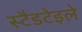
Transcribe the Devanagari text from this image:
स्टैडटेइले